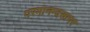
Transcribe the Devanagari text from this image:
परमानन्दसागर